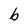
Character: b